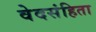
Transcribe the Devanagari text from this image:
वेदसंहिता